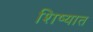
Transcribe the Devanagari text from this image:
शिष्यात